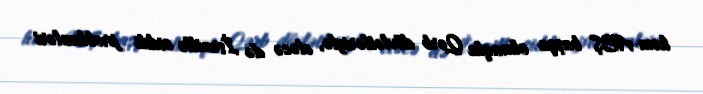
həm ABŞ başqa olmaqla Qərb dövlətləriylə, eləcə də İsraillə ciddi problemləri